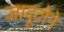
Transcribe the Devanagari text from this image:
जादूटोने